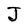
Character: J